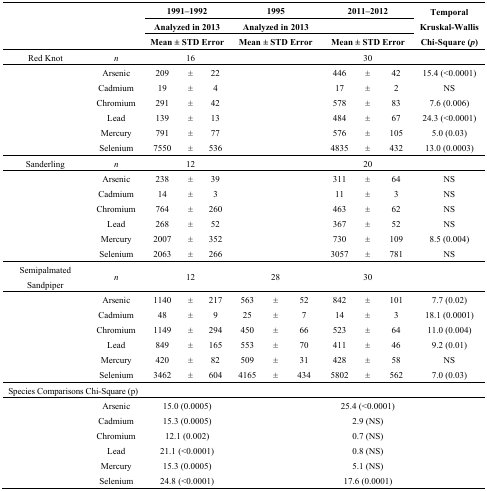
<table><thead><tr><td rowspan="3" colspan="2"></td><td colspan="3"><b>1991–1992</b></td><td colspan="3"><b>1995</b></td><td colspan="3"><b>2011–2012</b></td><td rowspan="3"><b>Temporal Kruskal-Wallis Chi-Square (<i>p</i>)</b></td></tr><tr><td colspan="3"><b>Analyzed in 2013</b></td><td colspan="3"><b>Analyzed in 2013</b></td><td colspan="3"></td></tr><tr><td colspan="3"><b>Mean ± STD Error</b></td><td colspan="3"><b>Mean ± STD Error</b></td><td colspan="3"><b>Mean ± STD Error</b></td></tr></thead><tbody><tr><td>Red Knot</td><td><i>n</i></td><td></td><td>16</td><td></td><td></td><td></td><td></td><td></td><td>30</td><td></td><td></td></tr><tr><td></td><td>Arsenic</td><td>209</td><td>±</td><td>22</td><td></td><td></td><td></td><td>446</td><td>±</td><td>42</td><td>15.4 (&lt;0.0001)</td></tr><tr><td></td><td>Cadmium</td><td>19</td><td>±</td><td>4</td><td></td><td></td><td></td><td>17</td><td>±</td><td>2</td><td>NS</td></tr><tr><td></td><td>Chromium</td><td>291</td><td>±</td><td>42</td><td></td><td></td><td></td><td>578</td><td>±</td><td>83</td><td>7.6 (0.006)</td></tr><tr><td></td><td>Lead</td><td>139</td><td>±</td><td>13</td><td></td><td></td><td></td><td>484</td><td>±</td><td>67</td><td>24.3 (&lt;0.0001)</td></tr><tr><td></td><td>Mercury</td><td>791</td><td>±</td><td>77</td><td></td><td></td><td></td><td>576</td><td>±</td><td>105</td><td>5.0 (0.03)</td></tr><tr><td></td><td>Selenium</td><td>7550</td><td>±</td><td>536</td><td></td><td></td><td></td><td>4835</td><td>±</td><td>432</td><td>13.0 (0.0003)</td></tr><tr><td>Sanderling</td><td><i>n</i></td><td></td><td>12</td><td></td><td></td><td></td><td></td><td></td><td>20</td><td></td><td></td></tr><tr><td></td><td>Arsenic</td><td>238</td><td>±</td><td>39</td><td></td><td></td><td></td><td>311</td><td>±</td><td>64</td><td>NS</td></tr><tr><td></td><td>Cadmium</td><td>14</td><td>±</td><td>3</td><td></td><td></td><td></td><td>11</td><td>±</td><td>3</td><td>NS</td></tr><tr><td></td><td>Chromium</td><td>764</td><td>±</td><td>260</td><td></td><td></td><td></td><td>463</td><td>±</td><td>62</td><td>NS</td></tr><tr><td></td><td>Lead</td><td>268</td><td>±</td><td>52</td><td></td><td></td><td></td><td>367</td><td>±</td><td>52</td><td>NS</td></tr><tr><td></td><td>Mercury</td><td>2007</td><td>±</td><td>352</td><td></td><td></td><td></td><td>730</td><td>±</td><td>109</td><td>8.5 (0.004)</td></tr><tr><td></td><td>Selenium</td><td>2063</td><td>±</td><td>266</td><td></td><td></td><td></td><td>3057</td><td>±</td><td>781</td><td>NS</td></tr><tr><td>Semipalmated Sandpiper</td><td><i>n</i></td><td></td><td>12</td><td></td><td></td><td>28</td><td></td><td></td><td>30</td><td></td><td></td></tr><tr><td></td><td>Arsenic</td><td>1140</td><td>±</td><td>217</td><td>563</td><td>±</td><td>52</td><td>842</td><td>±</td><td>101</td><td>7.7 (0.02)</td></tr><tr><td></td><td>Cadmium</td><td>48</td><td>±</td><td>9</td><td>25</td><td>±</td><td>7</td><td>14</td><td>±</td><td>3</td><td>18.1 (0.0001)</td></tr><tr><td></td><td>Chromium</td><td>1149</td><td>±</td><td>294</td><td>450</td><td>±</td><td>66</td><td>523</td><td>±</td><td>64</td><td>11.0 (0.004)</td></tr><tr><td></td><td>Lead</td><td>849</td><td>±</td><td>165</td><td>553</td><td>±</td><td>70</td><td>411</td><td>±</td><td>46</td><td>9.2 (0.01)</td></tr><tr><td></td><td>Mercury</td><td>420</td><td>±</td><td>82</td><td>509</td><td>±</td><td>31</td><td>428</td><td>±</td><td>58</td><td>NS</td></tr><tr><td></td><td>Selenium</td><td>3462</td><td>±</td><td>604</td><td>4165</td><td>±</td><td>434</td><td>5802</td><td>±</td><td>562</td><td>7.0 (0.03)</td></tr><tr><td colspan="2">Species Comparisons Chi-Square (p)</td><td></td><td></td><td></td><td></td><td></td><td></td><td></td><td></td><td></td><td></td></tr><tr><td></td><td>Arsenic</td><td colspan="3">15.0 (0.0005)</td><td></td><td></td><td></td><td colspan="3">25.4 (&lt;0.0001)</td><td></td></tr><tr><td></td><td>Cadmium</td><td colspan="3">15.3 (0.0005)</td><td></td><td></td><td></td><td colspan="3">2.9 (NS)</td><td></td></tr><tr><td></td><td>Chromium</td><td colspan="3">12.1 (0.002)</td><td></td><td></td><td></td><td colspan="3">0.7 (NS)</td><td></td></tr><tr><td></td><td>Lead</td><td colspan="3">21.1 (&lt;0.0001)</td><td></td><td></td><td></td><td colspan="3">0.8 (NS)</td><td></td></tr><tr><td></td><td>Mercury</td><td colspan="3">15.3 (0.0005)</td><td></td><td></td><td></td><td colspan="3">5.1 (NS)</td><td></td></tr><tr><td></td><td>Selenium</td><td colspan="3">24.8 (&lt;0.0001)</td><td></td><td></td><td></td><td colspan="3">17.6 (0.0001)</td><td></td></tr></tbody></table>